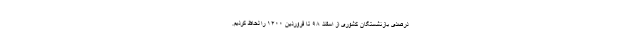
درصدی بازنشستگان کشوری از اسفند ۹۸ تا فروردین ۱۴۰۰ را لحاظ کردیم.